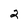
Character: 2